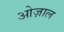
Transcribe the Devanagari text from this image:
ओज़ाल